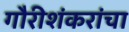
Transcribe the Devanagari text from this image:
गौरीशंकरांचा